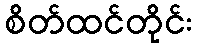
စိတ်ထင်တိုင်း